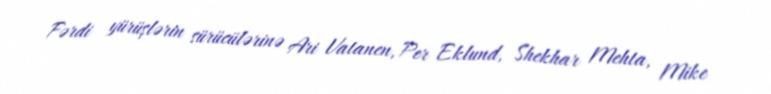
Fərdi yürüşlərin sürücülərinə Ari Vatanen, Per Eklund, Shekhar Mehta, Mike